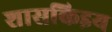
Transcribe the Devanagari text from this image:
शासकिइय